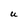
Character: U